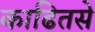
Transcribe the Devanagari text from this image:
काढितसे